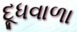
દૂધવાળા